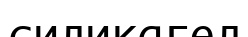
силикагел